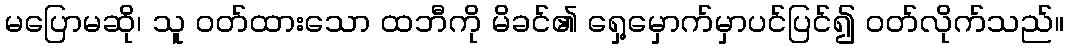
မပြောမဆို၊ သူ ဝတ်ထားသော ထဘီကို မိခင်၏ ရှေ့မှောက်မှာပင်ပြင်၍ ဝတ်လိုက်သည်။